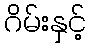
ဂိမ်းနှင့်